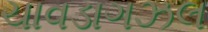
ચાવડાગઝલ